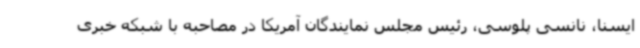
ایسنا، نانسی پلوسی، رئیس مجلس نمایندگان آمریکا در مصاحبه با شبکه خبری